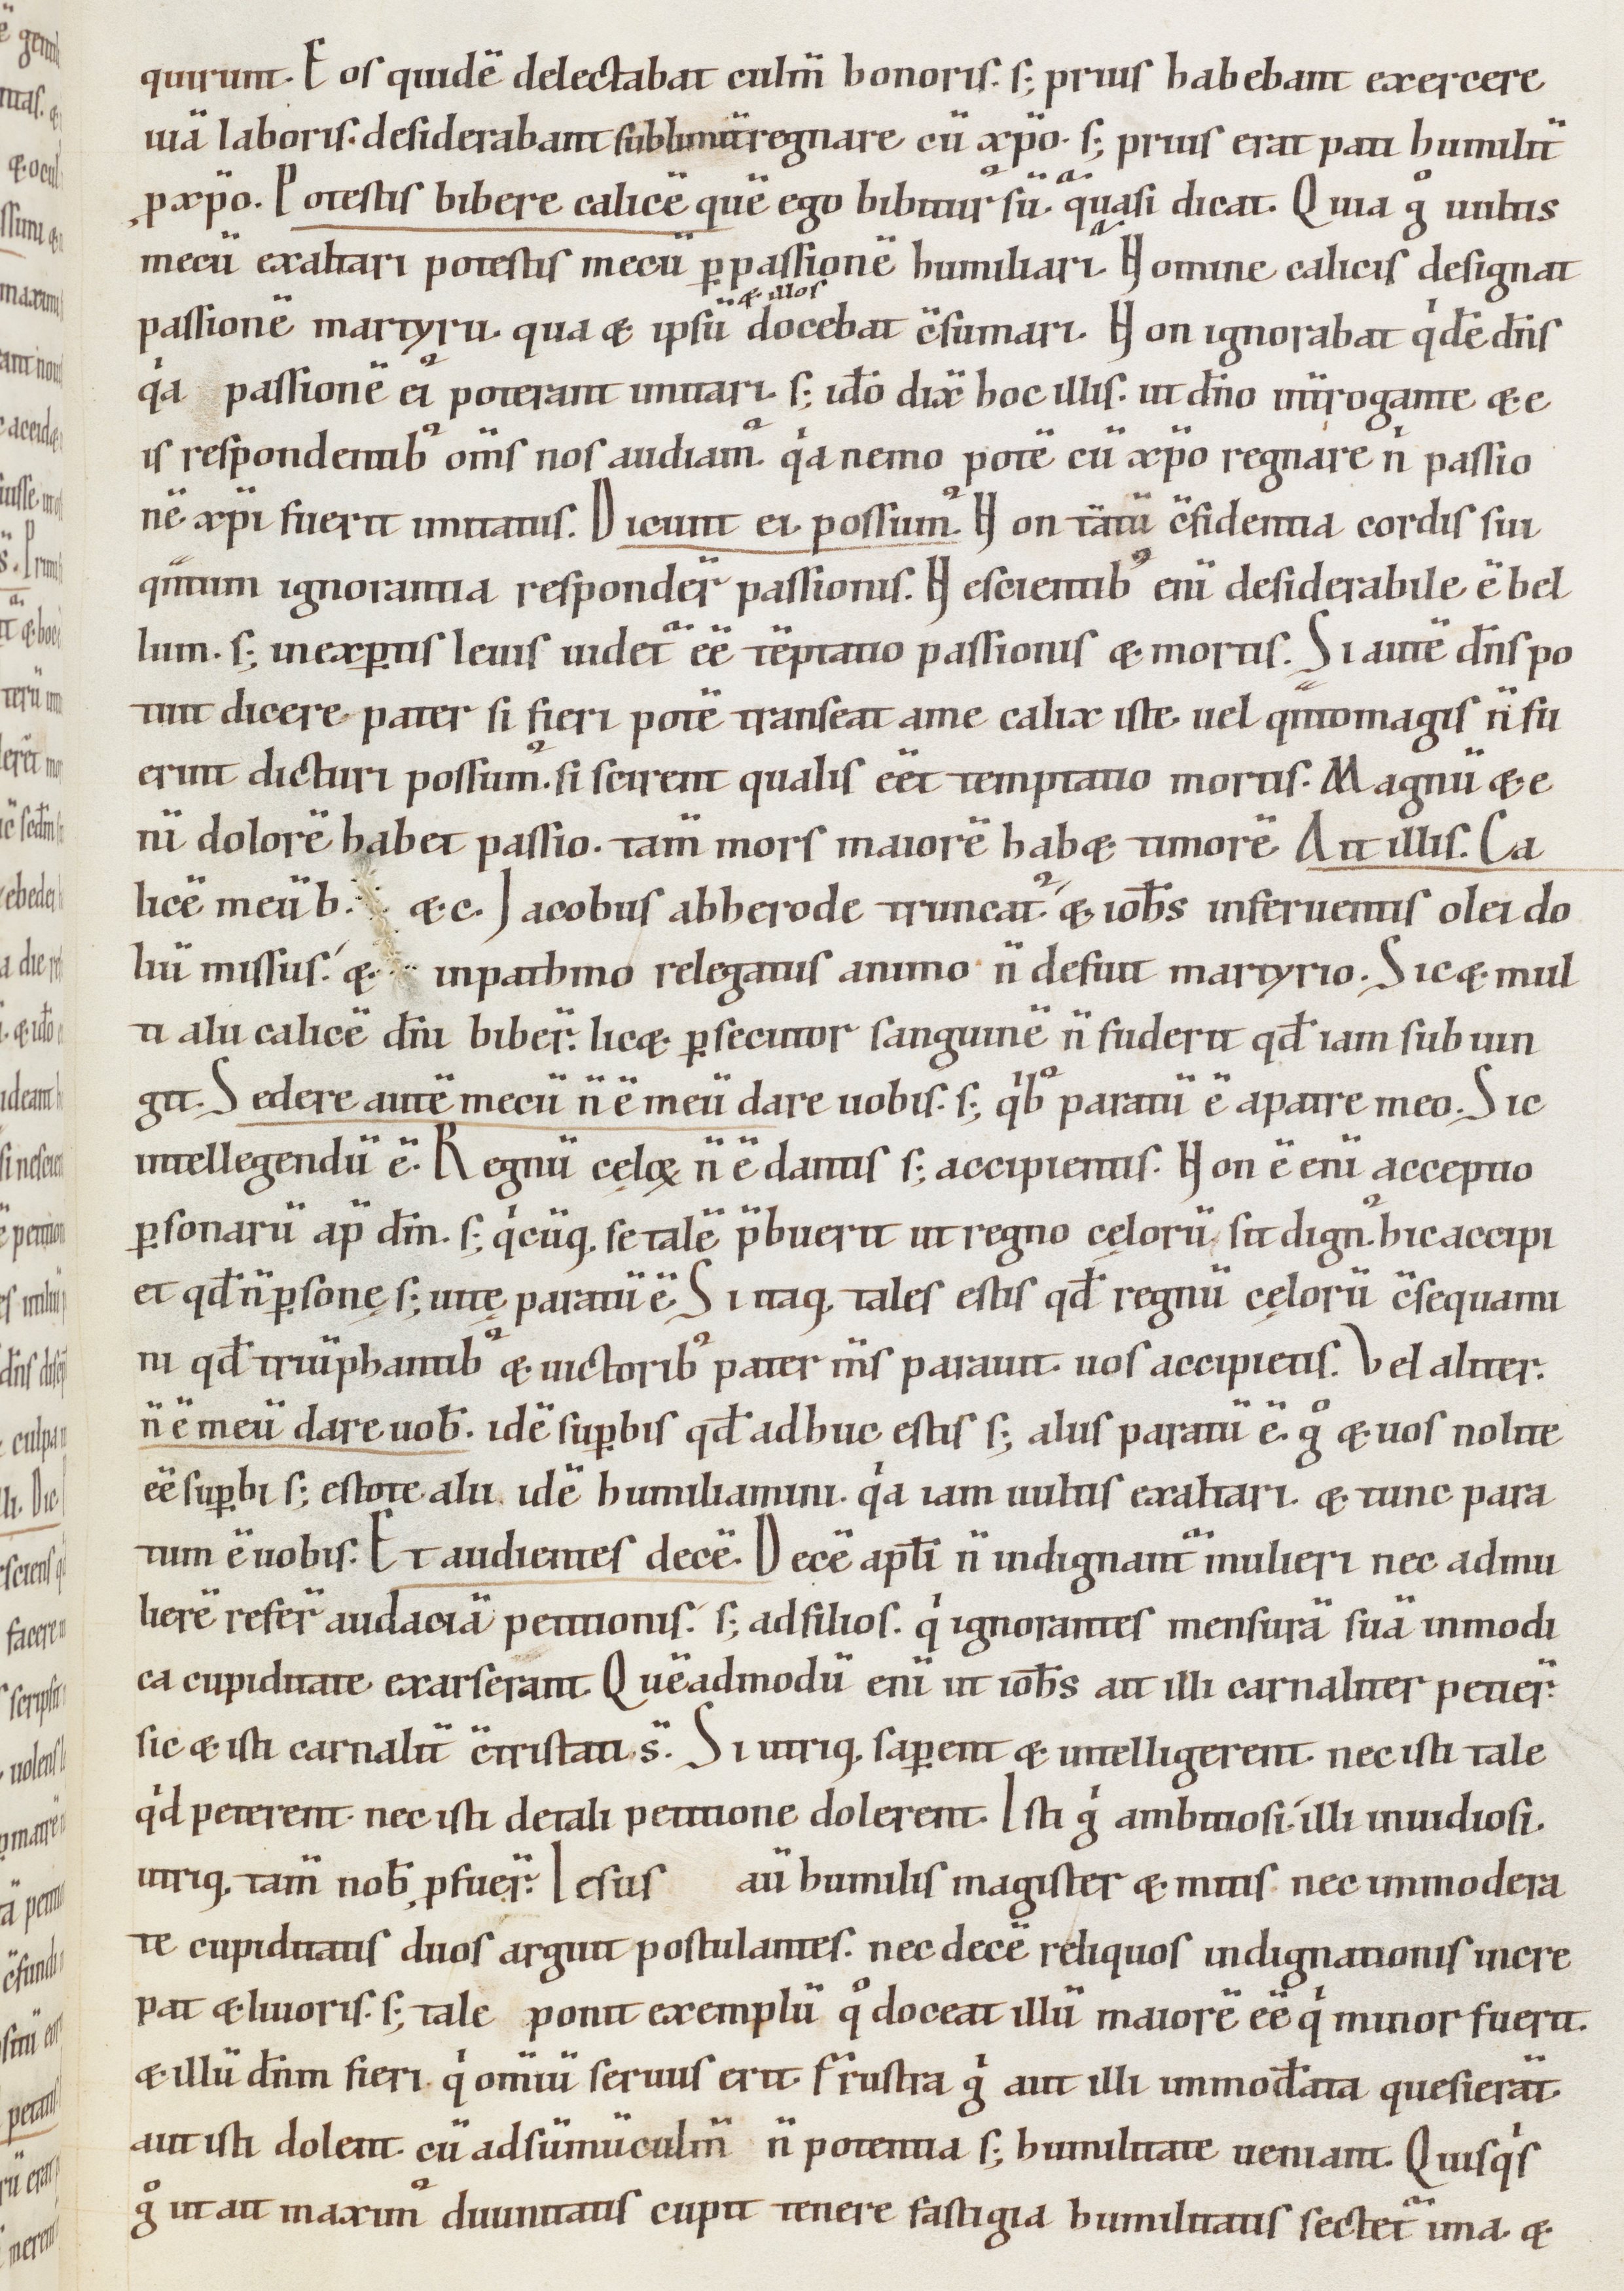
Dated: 1000–1199